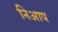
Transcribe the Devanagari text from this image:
निआप